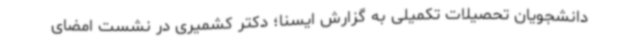
دانشجویان تحصیلات تکمیلی به گزارش ایسنا؛ دکتر کشمیری در نشست امضای